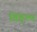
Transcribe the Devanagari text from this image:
विहेल्म